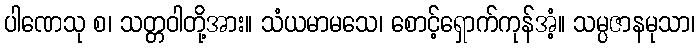
ပါဏေသု စ၊ သတ္တဝါတို့အား။ သံယမာမသေ၊ စောင့်ရှောက်ကုန်အံ့။ သမ္ပဇာနမုသာ၊